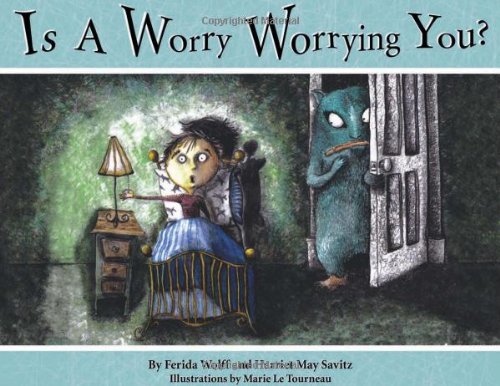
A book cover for Is a Worry Worrying You?; Ferida Wolff; Children's Books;